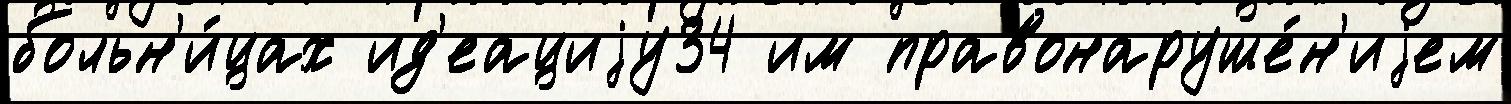
больн'и́цах ид'еациjу34 им правонаруше́н'иjем